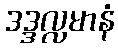
ဒဒ္ဒလ္လမာနံ